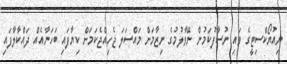
ނިއުޔޯކްސިޓީގެ ވައި ނުސާފުކަމުން ނޭވާލުމުގެ ނިޒާމަށް މައްސަލަ ޖެހިއްޖެކަމަށް ކިޔާފައި ބަހަނާއެއް ދައްކާލާފައި